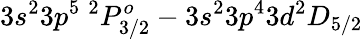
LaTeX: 3s^{2}3p^{5}~^{2}P_{3/2}^{o}-3s^{2}3p^{4}3d^{2}D_{5/2}